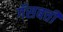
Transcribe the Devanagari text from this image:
गॅसबत्ती